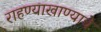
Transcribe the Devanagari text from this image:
राहण्याखाण्याचे